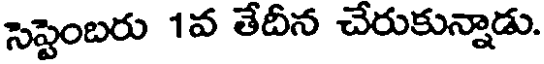
సెప్టెంబరు 1వ తేదీన చేరుకున్నాడు.